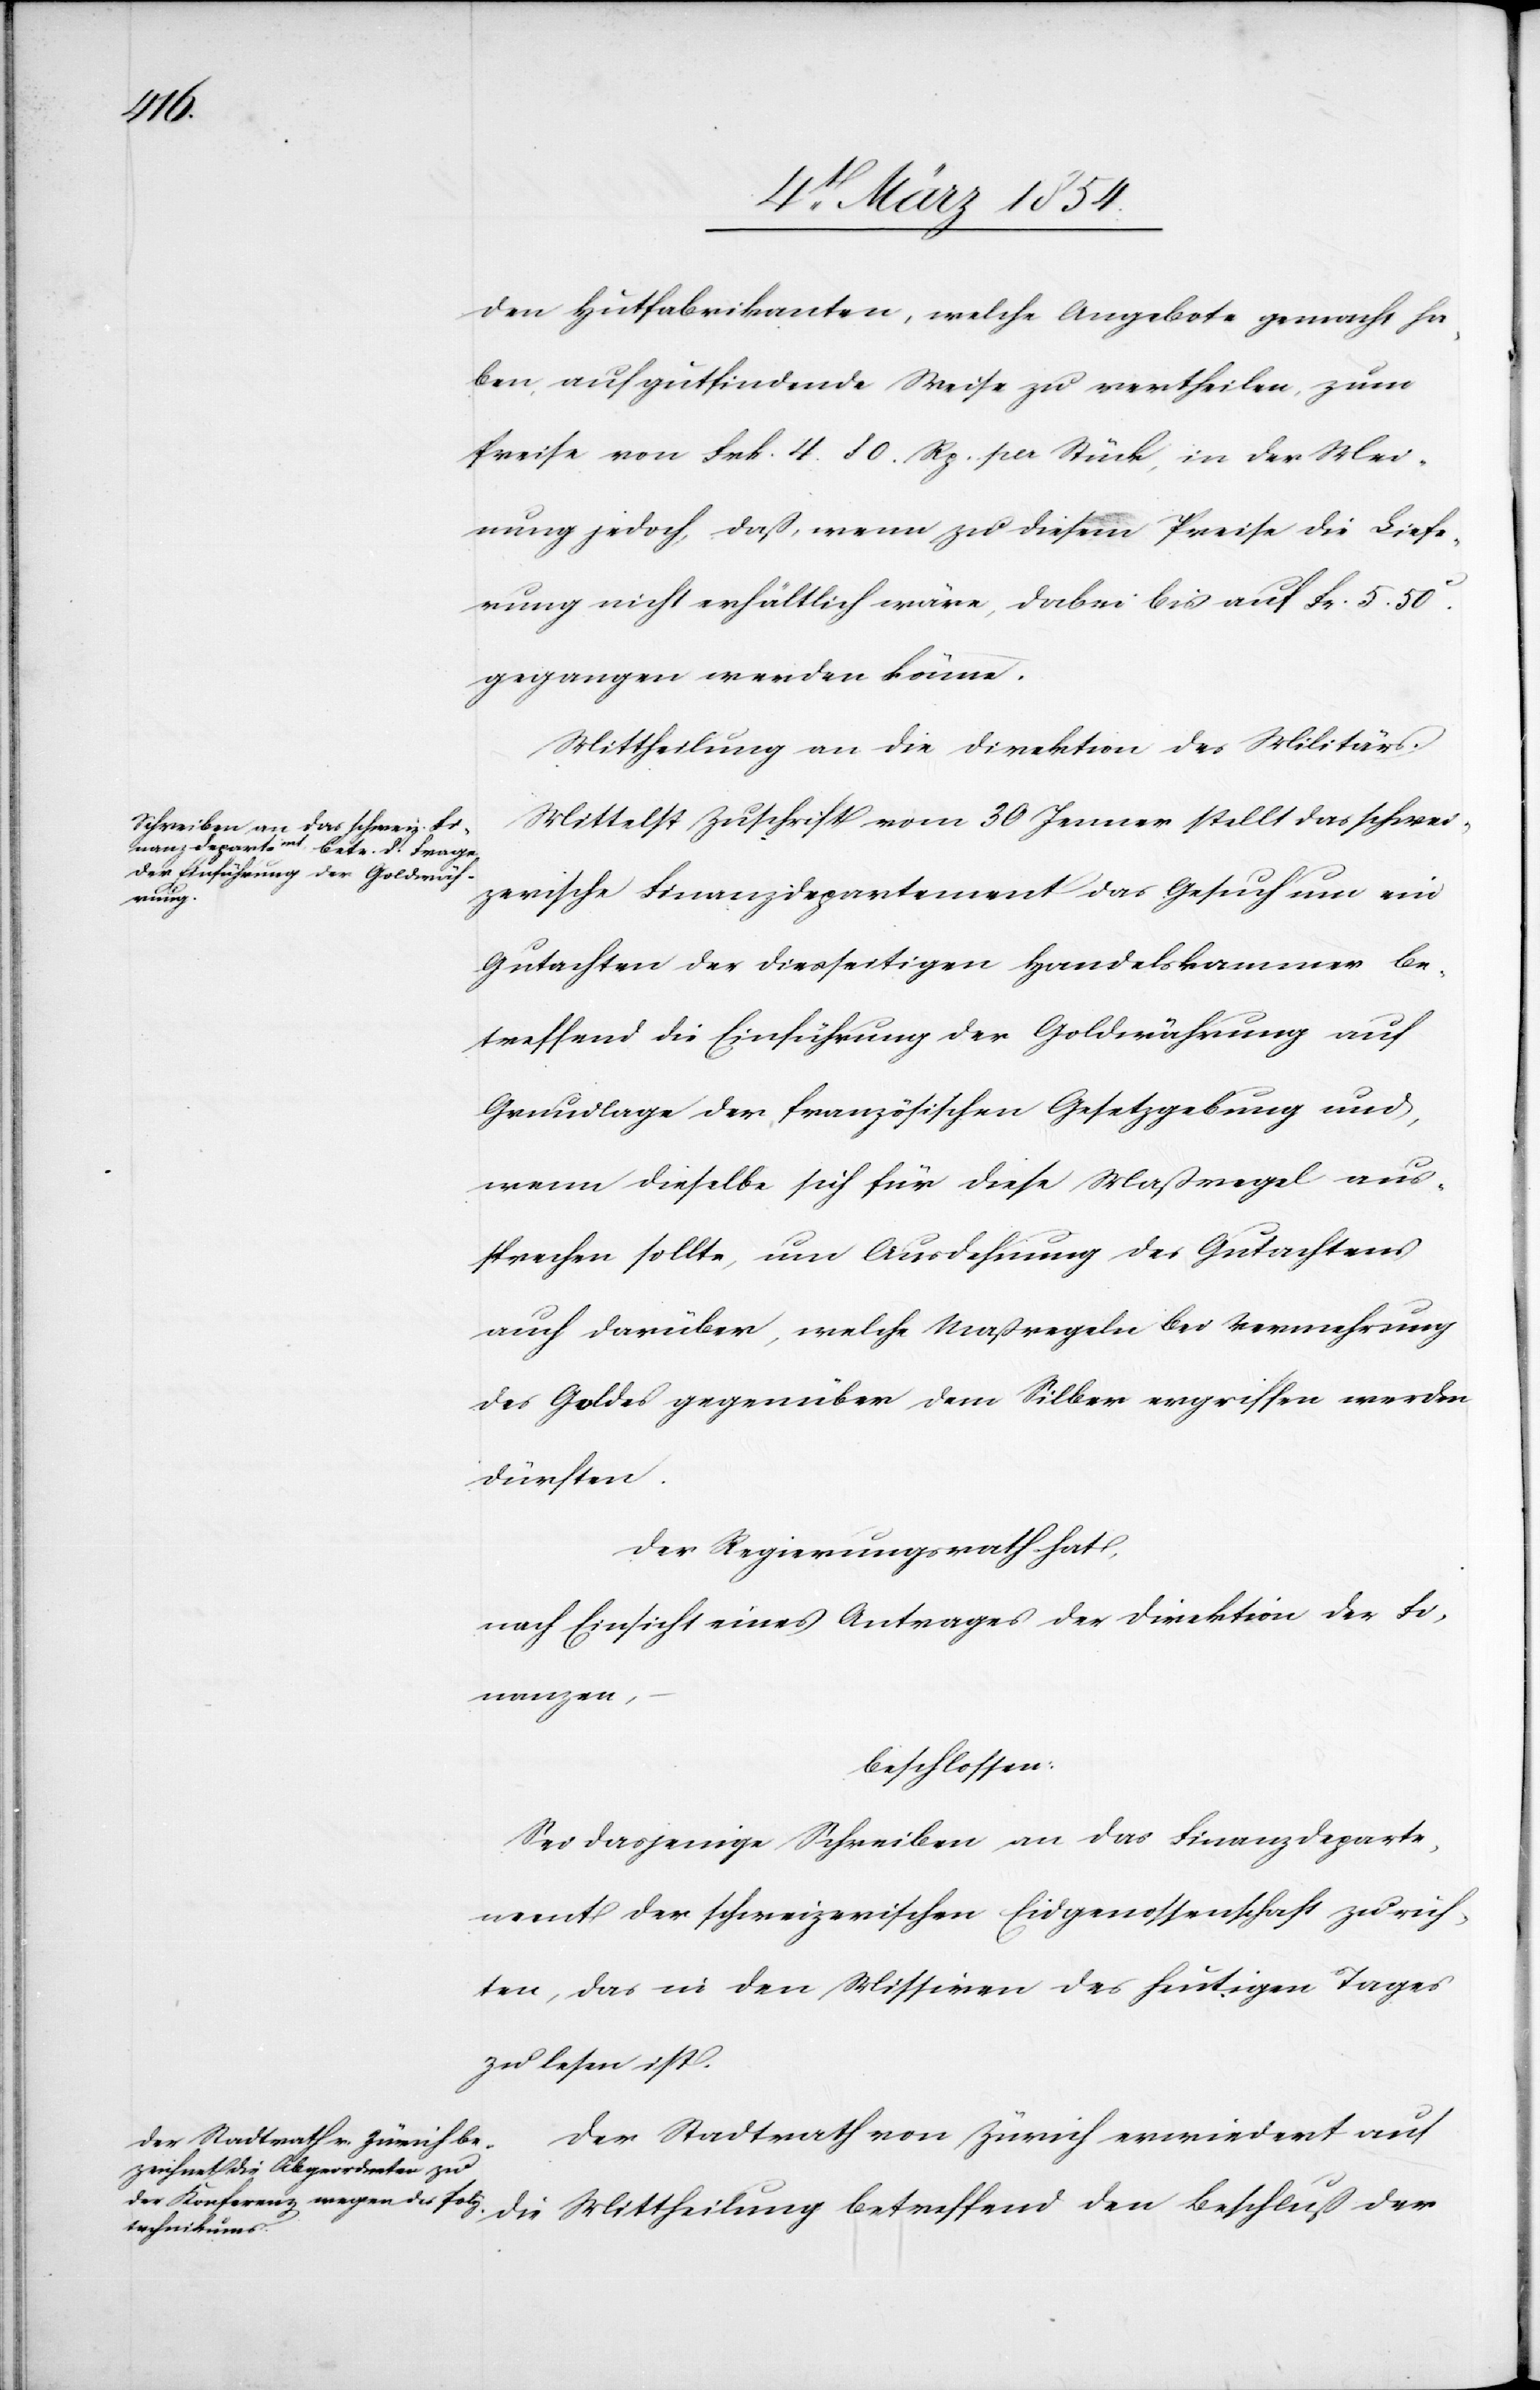
den Hutfabrikanten, welche Angebote gemacht ha¬
ben, auf gutfindende Weise zu vertheilen, zum
Preise von Frk. 4.80. Rp. per Stück, in der Mei¬
nung jedoch, daß, wenn zu diesem Preise die Liefe¬
rung nicht erhältlich wäre, dabei bis auf Frk. 5.50c
gegangen werden könne.
Mittheilung an die Direktion des Militärs.
Mittelst Zuschrift vom 20 Jenner stellt das schwei¬
zerische Finanzdepartment das Gesuch um ein
Gutachten der diesseitigen Handelskammer be¬
treffend die Einführung der Goldwährung auf
Grundlage der französischen Gesetzgebung und,
wenn dieselbe sich für diese Maßregel aus¬
sprechen sollte, um Ausdehnung des Gutachtens
auch darüber, welche Maßregeln bei Vermehrung
des Goldes gegenüber dem Silber ergriffen werden
dürfen.
Der Regierungsrath hat,
nach Einsicht eines Antrages der Direktion der Fi¬
nanzen,
beschlossen:
Sei dasjenige Schreiben an das Finanzdeparte¬
ment der schweizerischen Eidgenossenschaft zu rich¬
ten, das in den Missiven des heutigen Tages
zu lesen ist.
Der Stadtrath von Zürich erwiedert auf
die Mitheilung betreffend den Beschluß der